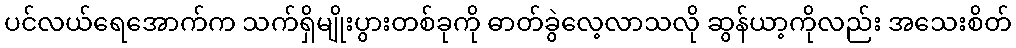
ပင်လယ်ရေအောက်က သက်ရှိမျိုးပွားတစ်ခုကို ဓာတ်ခွဲလေ့လာသလို ဆွန်ယာ့ကိုလည်း အသေးစိတ်